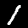
Digit: 1